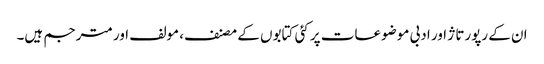
ان کے رپورتاژ اور ادبی موضوعات پر کئی کتابوں کے مصنف، مولف اور مترجم ہیں۔